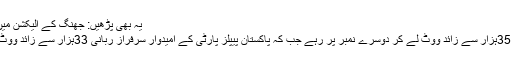
یہ بھی پڑھیں: جھنگ کے الیکشن میں‌ راحیل شریف کو ووٹ کاسٹ
ن لیگ کے امیدوار آزاد ناصر 35ہزار سے زائد ووٹ لے کر دوسرے نمبر پر رہے جب کہ پاکستان پیپلز پارٹی کے امیدوار سرفراز ربانی 33ہزار سے زائد ووٹ لے کر تیسرے نمبر پر رہے۔